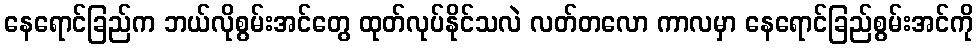
နေရောင်ခြည်က ဘယ်လိုစွမ်းအင်တွေ ထုတ်လုပ်နိုင်သလဲ လတ်တလော ကာလမှာ နေရောင်ခြည်စွမ်းအင်ကို